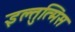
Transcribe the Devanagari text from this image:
इल्तुत्मिस